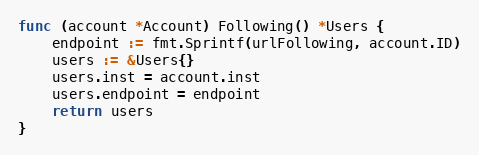
Language: Go
func (account *Account) Following() *Users {
	endpoint := fmt.Sprintf(urlFollowing, account.ID)
	users := &Users{}
	users.inst = account.inst
	users.endpoint = endpoint
	return users
}